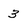
Character: 3